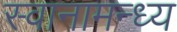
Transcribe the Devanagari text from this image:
स्वानामन्ध्य